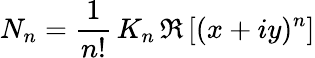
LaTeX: N_{n}=\frac{1}{n!}\, K_{n}\, \Re\left[(x+iy)^{n}\right]